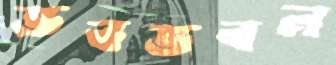
ভবভবন